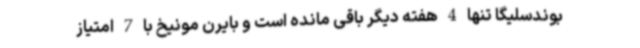
بوندسلیگا تنها 4 هفته دیگر باقی مانده است و بایرن مونیخ با 7 امتیاز